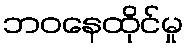
ဘဝနေထိုင်မှု